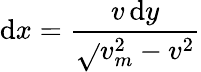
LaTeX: \mathrm{d}x={\frac{{v\, \mathrm{d}y}}{{\sqrt{}{{v_{m}^{2}-v^{2}}}}}}